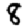
Digit: 8